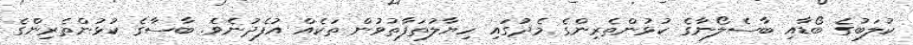
ކުލަބުގެ ބޯޑާއި ބާސެލޯނާގެ ކުޅުންތެރިންގެ މެދުގައި ހިޔާލުތަފާތުވުން ތަކެއް އުފެދުނެވެ. ބާސާގެ ކުޅުންތެރިންގެ